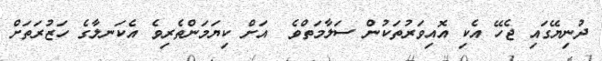
ދުނިޔޭގައި ޖެހޭ އެކި އޮއިވަރުތަކުން ސަލާމަތްވެ  އަށް ކިޔަމަންތެރިވެ އެކަނލާގެ ހަޒުރަތަށް